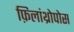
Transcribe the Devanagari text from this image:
फ़िलांथ्रोपोस